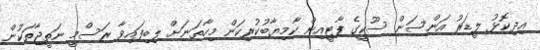
އިދިކޮޅު ލީޑަރު އަންސަން ސޫކީގެ ޕާޓީއިން ކާމިޔާބުކުރިކަން މިހާތަނަށް ލިބިފައިވާ ރަސްމީ ނަތީޖާތަކުން